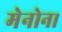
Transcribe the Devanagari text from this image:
मेनोन।